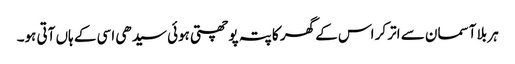
ہر بلا آسمان سے اتر کر اس کے گھر کا پتہ پوچھتی ہوئی سیدھی اسی کے ہاں آتی ہو۔